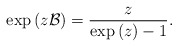
\begin{align*}\exp\left(z\mathcal{B}\right)=\frac{z}{\exp\left(z\right)-1}.\end{align*}